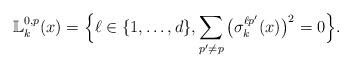
LaTeX: \begin{align*} \mathbb{L}^{0, p}_{k}(x) = \Big\{ \ell \in \{1, \ldots, d \}, \sum_{p' \not= p} \big(\sigma_k^{\ell p'} (x) \big)^2 = 0 \Big \}. \end{align*}